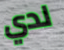
لدي